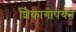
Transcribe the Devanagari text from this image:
शिकागोपर्यंत